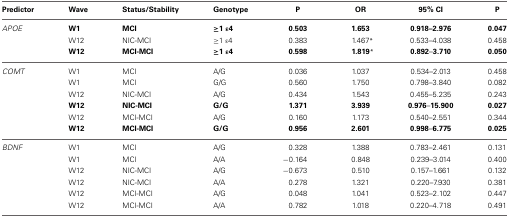
<table><thead><tr><td><b>Predictor</b></td><td><b>Wave</b></td><td><b>Status/Stability</b></td><td><b>Genotype</b></td><td><b>P</b></td><td><b>OR</b></td><td><b>95% CI</b></td><td><b>P</b></td></tr></thead><tbody><tr><td><i>APOE</i></td><td><b>W1</b></td><td><b>MCI</b></td><td><b>≥1 ε4</b></td><td><b>0.503</b></td><td><b>1.653</b></td><td><b>0.918–2.976</b></td><td><b>0.047</b></td></tr><tr><td></td><td>W12</td><td>NIC-MCI</td><td>≥1 ε4</td><td>0.383</td><td>1.467<sup>*</sup></td><td>0.533–4.038</td><td>0.458</td></tr><tr><td></td><td><b>W12</b></td><td><b>MCI-MCI</b></td><td><b>≥1 ε4</b></td><td><b>0.598</b></td><td><b>1.819<sup>*</sup></b></td><td><b>0.892–3.710</b></td><td><b>0.050</b></td></tr><tr><td><i>COMT</i></td><td>W1</td><td>MCI</td><td>A/G</td><td>0.036</td><td>1.037</td><td>0.534–2.013</td><td>0.458</td></tr><tr><td></td><td>W1</td><td>MCI</td><td>G/G</td><td>0.560</td><td>1.750</td><td>0.798–3.840</td><td>0.082</td></tr><tr><td></td><td>W12</td><td>NIC-MCI</td><td>A/G</td><td>0.434</td><td>1.543</td><td>0.455–5.235</td><td>0.243</td></tr><tr><td></td><td><b>W12</b></td><td><b>NIC-MCI</b></td><td><b>G/G</b></td><td><b>1.371</b></td><td><b>3.939</b></td><td><b>0.976</b>–<b>15.900</b></td><td><b>0.027</b></td></tr><tr><td></td><td>W12</td><td>MCI-MCI</td><td>A/G</td><td>0.160</td><td>1.173</td><td>0.540–2.551</td><td>0.344</td></tr><tr><td></td><td><b>W12</b></td><td><b>MCI-MCI</b></td><td><b>G/G</b></td><td><b>0.956</b></td><td><b>2.601</b></td><td><b>0.998</b>–<b>6.775</b></td><td><b>0.025</b></td></tr><tr><td><i>BDNF</i></td><td>W1</td><td>MCI</td><td>A/G</td><td>0.328</td><td>1.388</td><td>0.783–2.461</td><td>0.131</td></tr><tr><td></td><td>W1</td><td>MCI</td><td>A/A</td><td>−0.164</td><td>0.848</td><td>0.239–3.014</td><td>0.400</td></tr><tr><td></td><td>W12</td><td>NIC-MCI</td><td>A/G</td><td>−0.673</td><td>0.510</td><td>0.157–1.661</td><td>0.132</td></tr><tr><td></td><td>W12</td><td>NIC-MCI</td><td>A/A</td><td>0.278</td><td>1.321</td><td>0.220–7.930</td><td>0.381</td></tr><tr><td></td><td>W12</td><td>MCI-MCI</td><td>A/G</td><td>0.048</td><td>1.041</td><td>0.523–2.102</td><td>0.447</td></tr><tr><td></td><td>W12</td><td>MCI-MCI</td><td>A/A</td><td>0.782</td><td>1.018</td><td>0.220–4.718</td><td>0.491</td></tr></tbody></table>